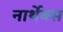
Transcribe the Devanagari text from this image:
नार्थेक्स